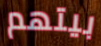
بيتهم